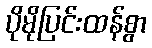
ပိုမိုပြင်းထန်စွာ